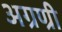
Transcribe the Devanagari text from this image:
अग्रण्री